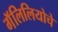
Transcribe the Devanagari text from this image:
गॅलिलियोचे